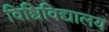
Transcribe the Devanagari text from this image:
विश्विविद्यालय